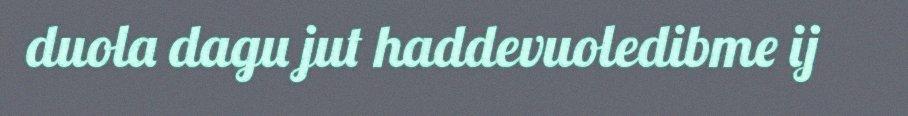
duola dagu jut haddevuoledibme ij